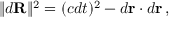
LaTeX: \| d \mathbf { R } \| ^ { 2 } = ( c d t ) ^ { 2 } - d \mathbf { r } \cdot d \mathbf { r } \, ,